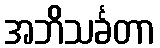
အဘိသင်္ခတာ